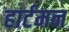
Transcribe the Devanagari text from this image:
हार्टमन